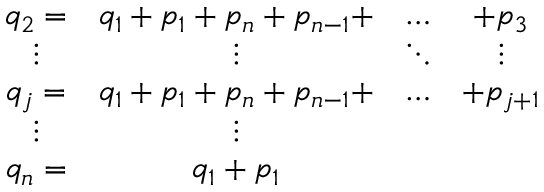
\begin{array} { c c c c } { { q _ { 2 } = } } & { { q _ { 1 } + p _ { 1 } + p _ { n } + p _ { n - 1 } + } } & { { \ldots } } & { { + p _ { 3 } } } \\ { { \vdots } } & { { \vdots } } & { { \ddots } } & { { \vdots } } \\ { { q _ { j } = } } & { { q _ { 1 } + p _ { 1 } + p _ { n } + p _ { n - 1 } + } } & { { \ldots } } & { { + p _ { j + 1 } } } \\ { { \vdots } } & { { \vdots } } & { { } } & { { } } \\ { { q _ { n } = } } & { { q _ { 1 } + p _ { 1 } } } & { { } } & { { } } \end{array}